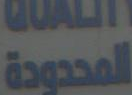
المحدودة